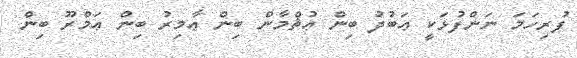
ފުރިހަމަ ނަންފުޅަކީ ޢަބުދު ބިން ޢުޘްމާން ބިން ޢާމިރު ބިން ޢަމްރޫ ބިން